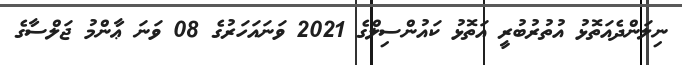
ނިލަންދެއަތޮޅު އުތުރުބުރީ އަތޮޅު ކައުންސިލްގެ 2021 ވަނައަހަރުގެ 08 ވަނަ ޢާންމު ޖަލްސާގެ